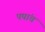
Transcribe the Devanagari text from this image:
पपांच